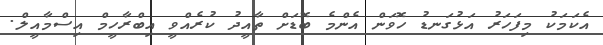
އެކަމަކު މިފަހަރު އަޅުގަނޑު ހޮވަން އެންމެ ބޮޑަށް ތާއީދު ކުރެއްވީ އިބްރާހީމް އިސްމާއީލް.